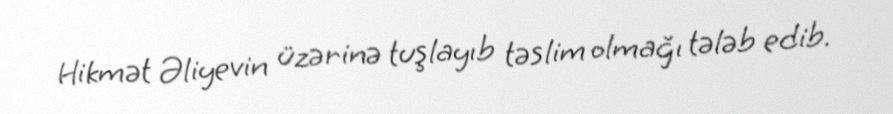
Hikmət Əliyevin üzərinə tuşlayıb təslim olmağı tələb edib.